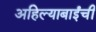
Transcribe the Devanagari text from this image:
अहिल्याबाईंची